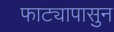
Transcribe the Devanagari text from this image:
फाट्यापासुन